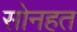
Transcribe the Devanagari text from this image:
सोनहत